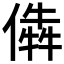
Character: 𠎔